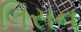
લિસન